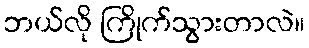
ဘယ်လို ကြိုက်သွားတာလဲ။